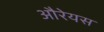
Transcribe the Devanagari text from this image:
औरेयस